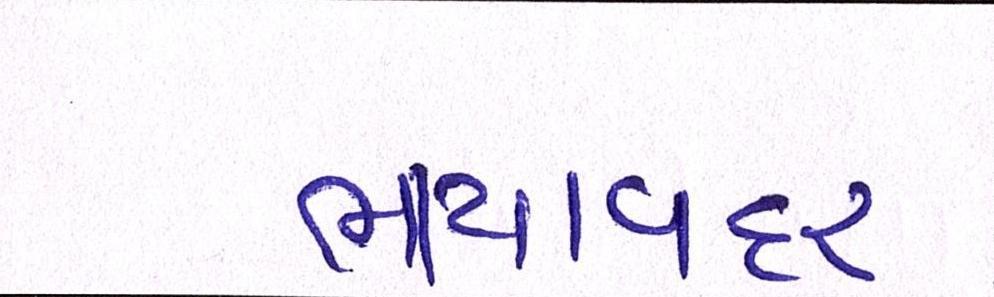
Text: ભાયાવદર